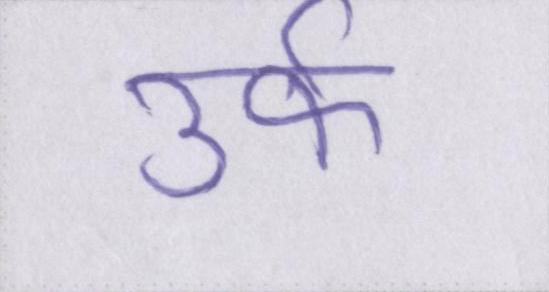
उर्फ